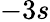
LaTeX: -3s